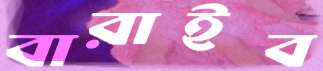
বারাইব